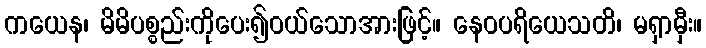
ကယေန၊ မိမိပစ္စည်းကိုပေး၍ဝယ်သောအားဖြင့်။ နေဝပရိယေသတိ၊ မရှာမှီး။